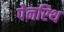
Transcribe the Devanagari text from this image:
पेनरिथ